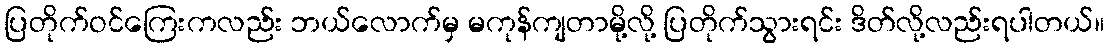
ပြတိုက်ဝင်ကြေးကလည်း ဘယ်လောက်မှ မကုန်ကျတာမို့လို့ ပြတိုက်သွားရင်း ဒိတ်လို့လည်းရပါတယ်။